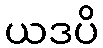
ယဒပိ